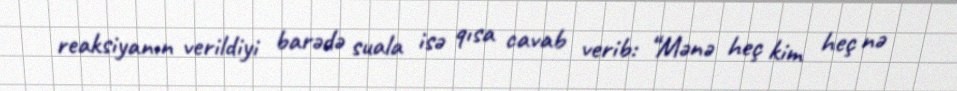
reaksiyanın verildiyi barədə suala isə qısa cavab verib: “Mənə heç kim heç nə